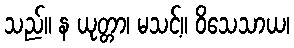
သည်။ န ယုတ္တာ၊ မသင့်။ ဝိသေသာယ၊